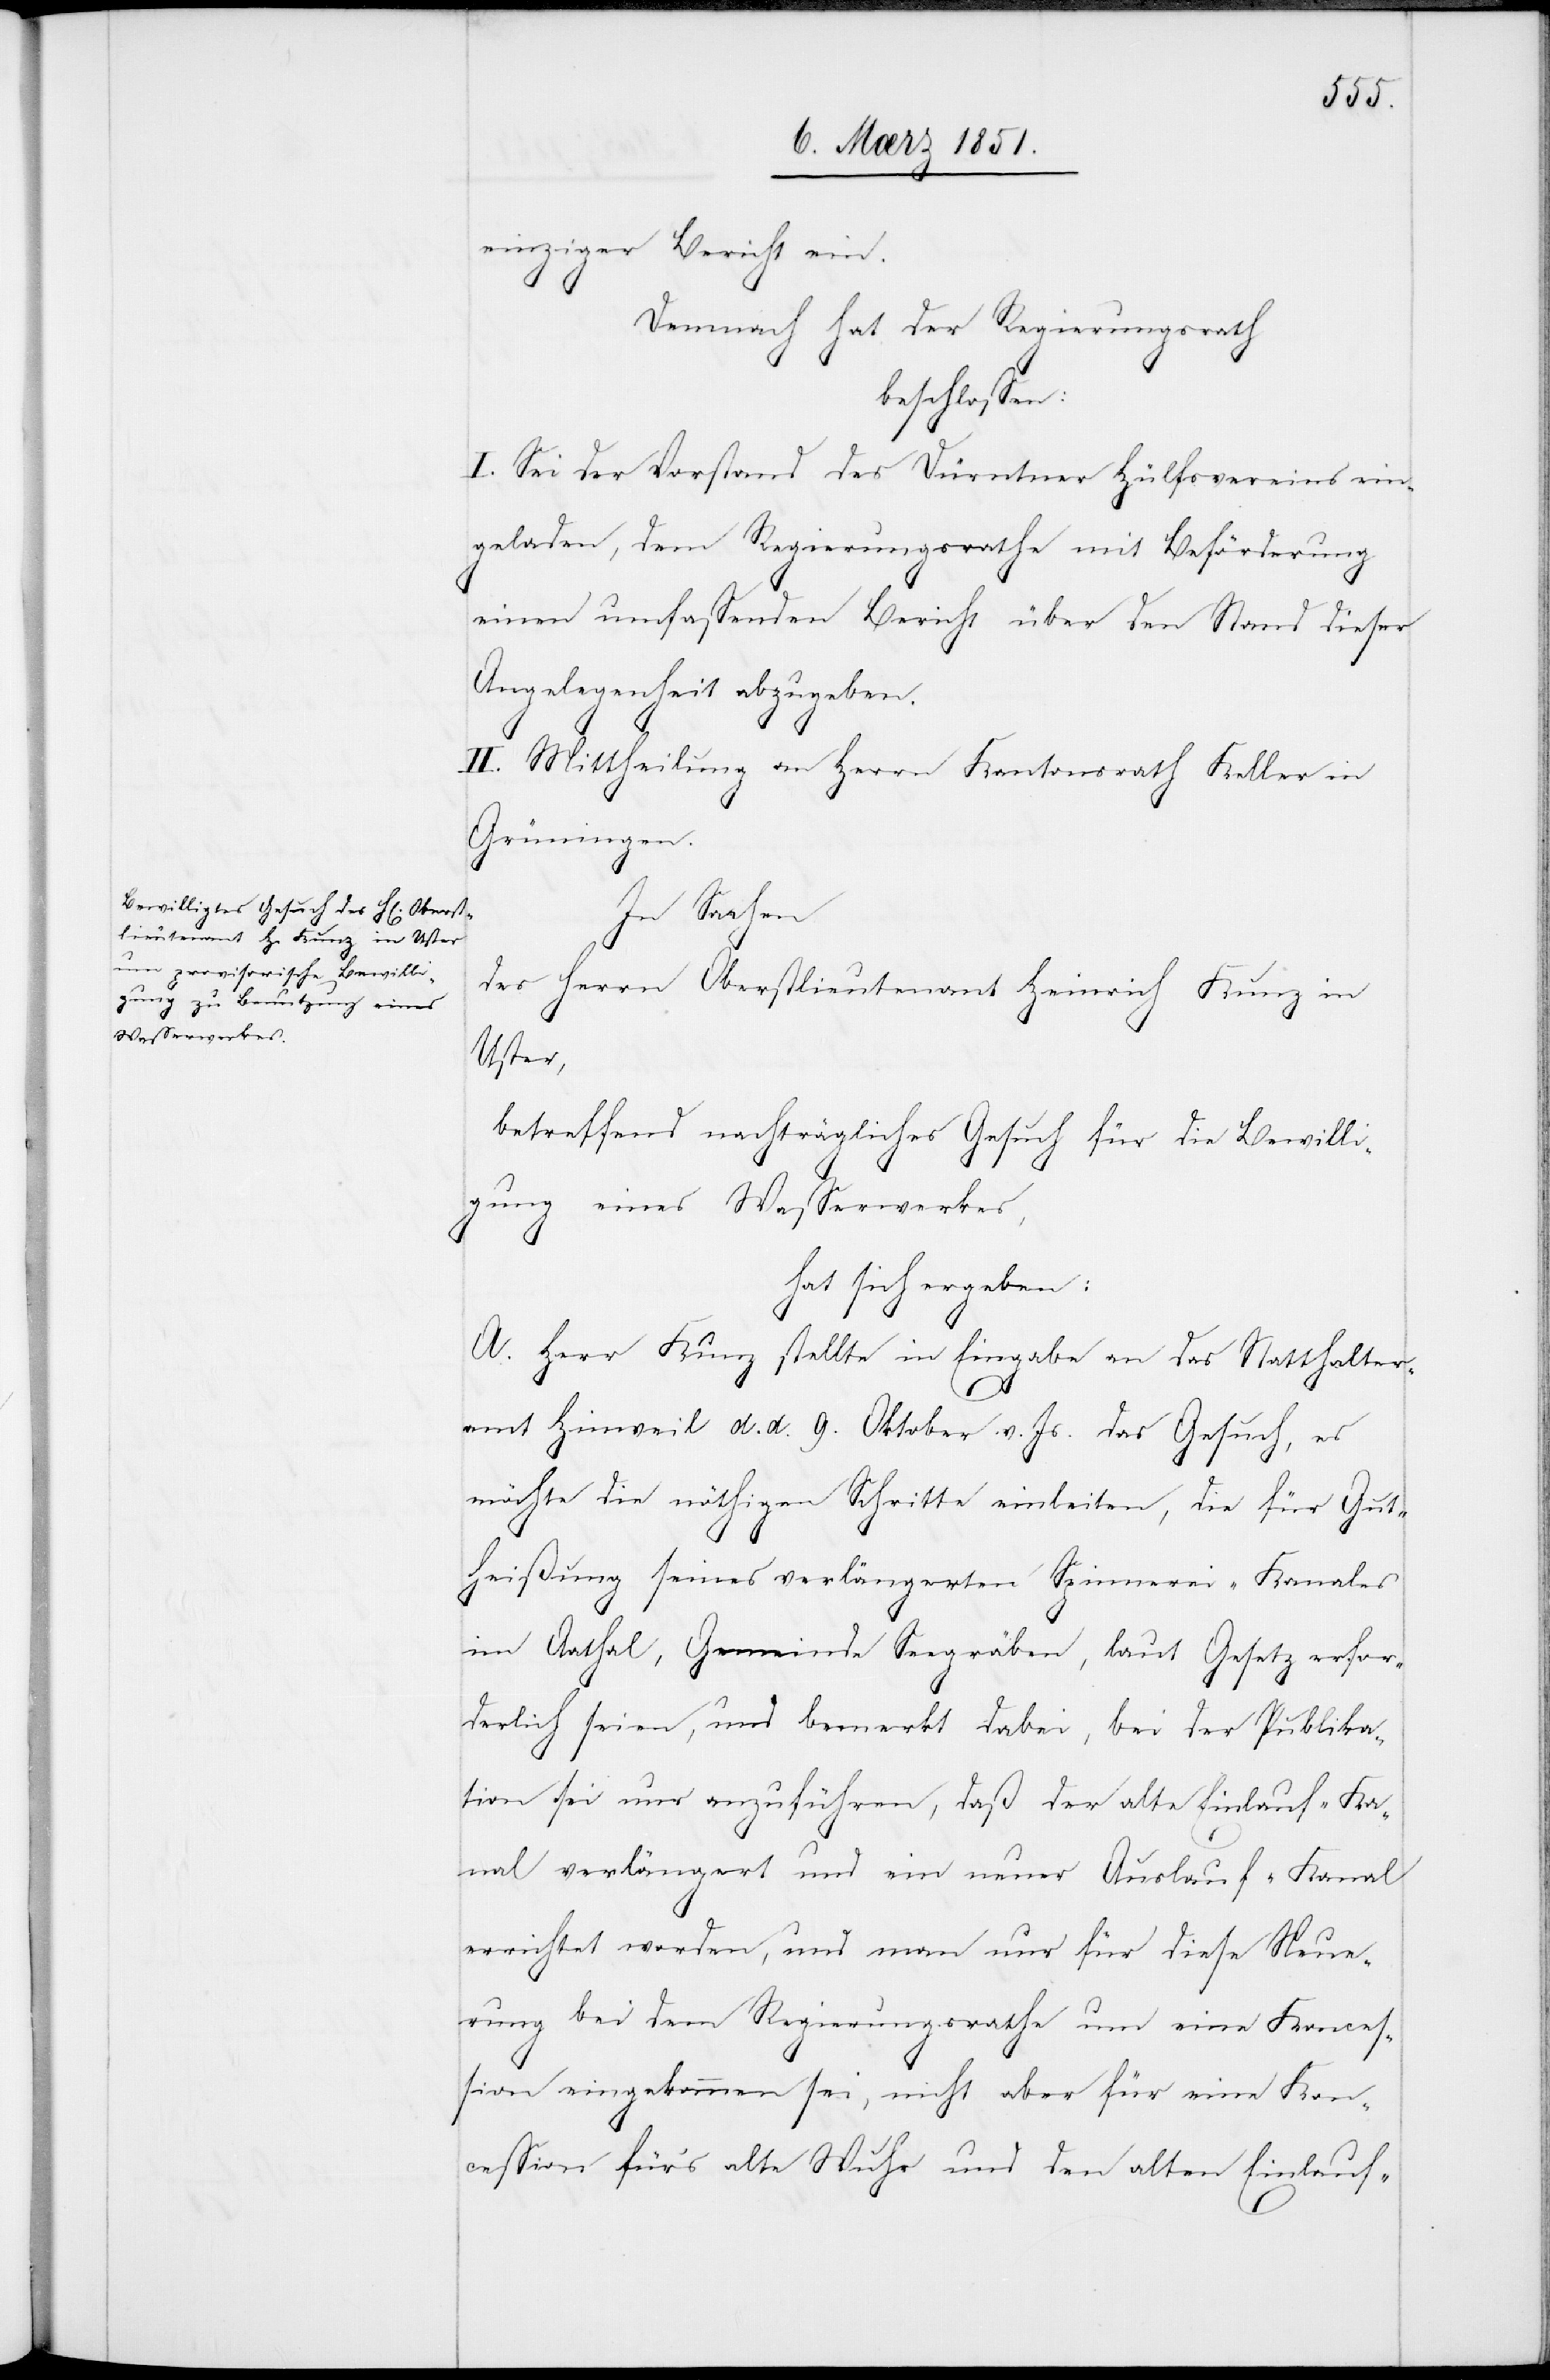
einziger Bericht ein.
Demnach hat der Regierungsrath
beschlossen:
I. Sei der Vorstand des Dürntner Hülfsvereins ein¬
geladen, dem Regierungsrathe mit Beförderung
einen umfassenden Bericht über den Stand dieser
Angelegenheit abzugeben.
II. Mittheilung an Herrn Kantonsrath Keller in
Grüningen.
In Sachen
des Herrn Oberstlieutenant Heinrich Kunz in
Uster,
betreffend nachträgliches Gesuch für die Bewilli¬
gung eines Wasserwerkes,
hat sich ergeben:
A. Herr Kunz stellte in Eingabe an das Statthalter¬
amt Hinweil d. d. 9. Oktober v. Js. das Gesuch, es
möchte die nöthigen Schritte einleiten, die für Gut¬
heißung seines verlängerten Spinnerei-Kanales
im Aathal, Gemeinde Seegräben, laut Gesetz erfor¬
derlich seien, und bemerkt dabei, bei der Publika¬
tion sei nur anzuführen, daß der alte Einlauf-Ka¬
nal verlängert und ein neuer Auslauf-Kanal
errichtet worden, und man nur für diese Neue¬
rung bei dem Regierungsrathe um eine Konces¬
sion eingekommen sei, nicht aber für eine Kon¬
cession für’s alte Wuhr und den alten Einlauf-